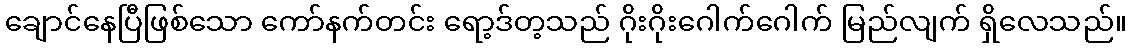
ချောင်နေပြီဖြစ်သော ကော်နက်တင်း ရော့ဒ်တ့သည် ဂိုးဂိုးဂေါက်ဂေါက် မြည်လျက် ရှိလေသည်။